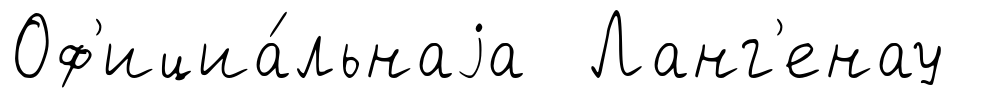
Оф'ициа́льнаjа Ланг'енау